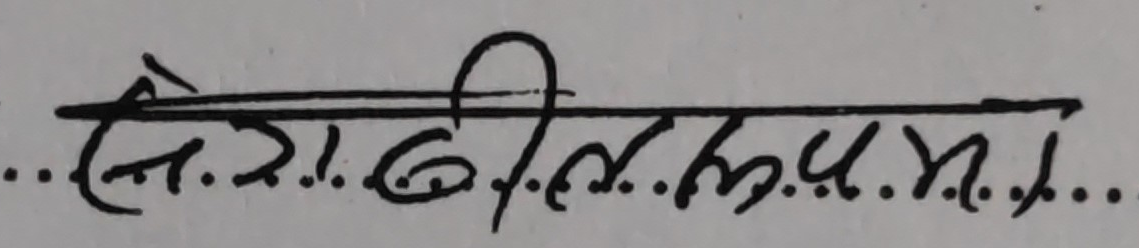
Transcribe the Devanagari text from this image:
से.रा.बी.एल.यु.एम.डी.